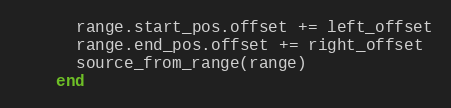
Language: Ruby
      range.start_pos.offset += left_offset
      range.end_pos.offset += right_offset
      source_from_range(range)
    end